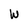
Character: W